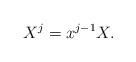
LaTeX: \begin{align*}X^j=x^{j-1}X . \end{align*}